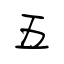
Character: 五